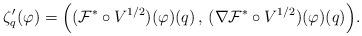
LaTeX: \begin{align*}\zeta _{q}^{\prime }({\varphi })=\Big((\mathcal{F}^{\ast }\circ V^{1/2})({\varphi })(q)\,,\,(\nabla \mathcal{F}^{\ast }\circ V^{1/2})({\varphi })(q)\Big).\end{align*}